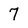
Character: 7